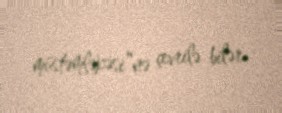
müstəmləkəsi”nə çevrilə bilər.